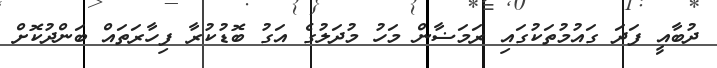
ދުބާއީ ފަދަ ގައުމުތަކުގައި ރަމަޟާން މަހު މުދަލުގެ އަގު ބޮޑުކުރާ ފިހާރަތައް ބަންދުކޮށް